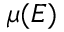
\mu ( E )